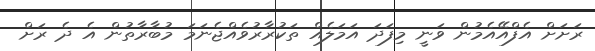
ރަށަށް އެފްއޭއެމުން ވަނީ މިފަދަ އަމަލެއް ތަކުރާރުވެއްޖެނަމަ މުބާރާތުން އެ ދެ ރަށް